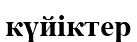
күйіктер